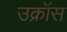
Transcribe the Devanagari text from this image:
उक्रॉस